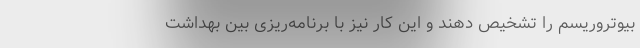
بیوتروریسم را تشخیص دهند و این کار نیز با برنامه‌ریزی بین بهداشت